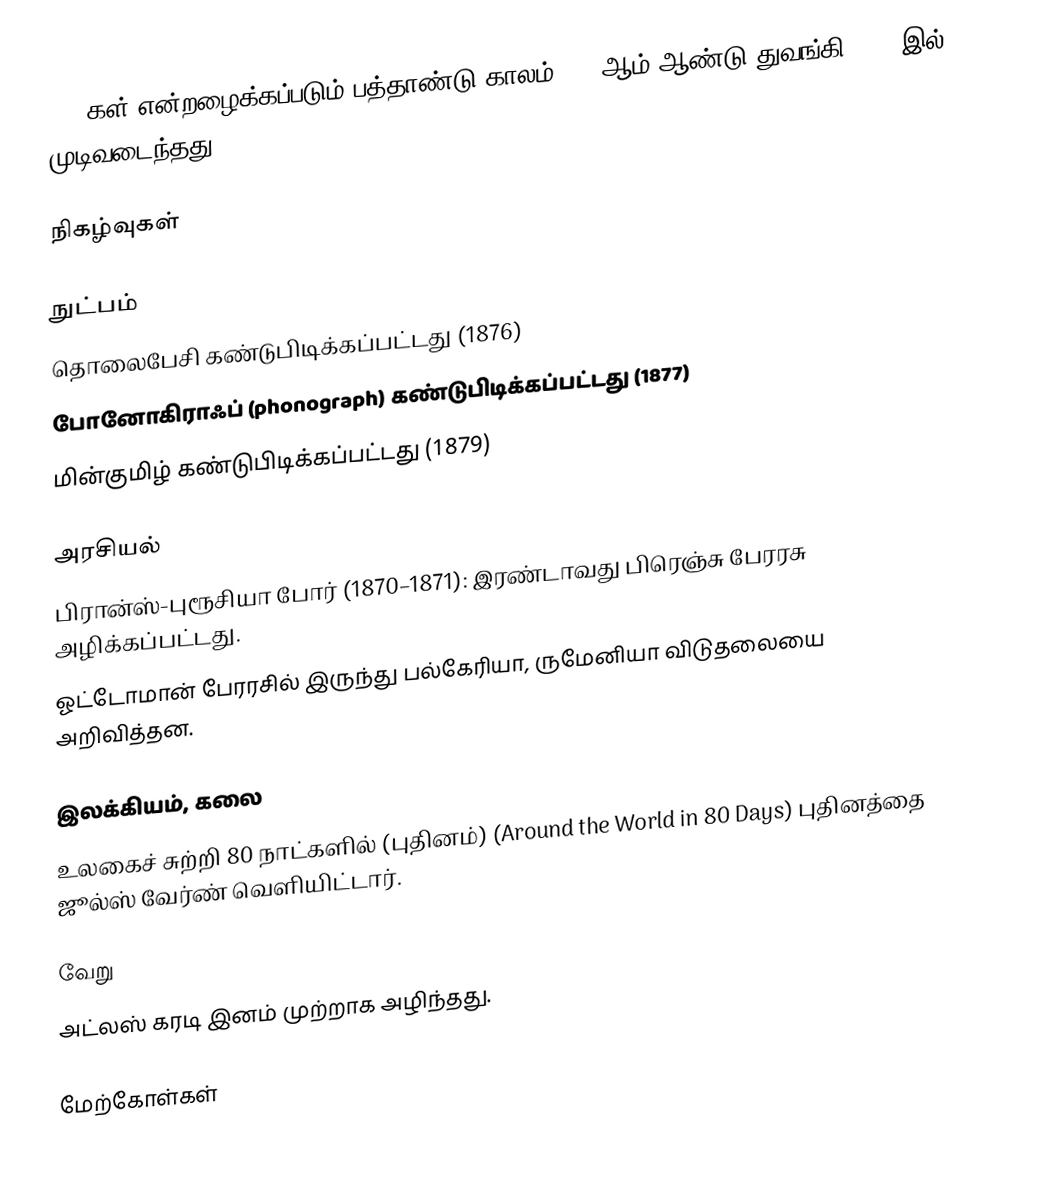
1870கள் என்றழைக்கப்படும் பத்தாண்டு காலம் 1870ஆம் ஆண்டு துவங்கி 1879-இல் முடிவடைந்தது.

நிகழ்வுகள்

நுட்பம்
 தொலைபேசி கண்டுபிடிக்கப்பட்டது (1876)
 போனோகிராஃப் (phonograph) கண்டுபிடிக்கப்பட்டது (1877)
 மின்குமிழ் கண்டுபிடிக்கப்பட்டது (1879)

அரசியல்
 பிரான்ஸ்-புரூசியா போர் (1870–1871): இரண்டாவது பிரெஞ்சு பேரரசு அழிக்கப்பட்டது.
 ஓட்டோமான் பேரரசில் இருந்து பல்கேரியா, ருமேனியா விடுதலையை அறிவித்தன.

இலக்கியம், கலை
 உலகைச் சுற்றி 80 நாட்களில் (புதினம்) (Around the World in 80 Days) புதினத்தை ஜூல்ஸ் வேர்ண் வெளியிட்டார்.

வேறு
 அட்லஸ் கரடி இனம் முற்றாக அழிந்தது.

மேற்கோள்கள்